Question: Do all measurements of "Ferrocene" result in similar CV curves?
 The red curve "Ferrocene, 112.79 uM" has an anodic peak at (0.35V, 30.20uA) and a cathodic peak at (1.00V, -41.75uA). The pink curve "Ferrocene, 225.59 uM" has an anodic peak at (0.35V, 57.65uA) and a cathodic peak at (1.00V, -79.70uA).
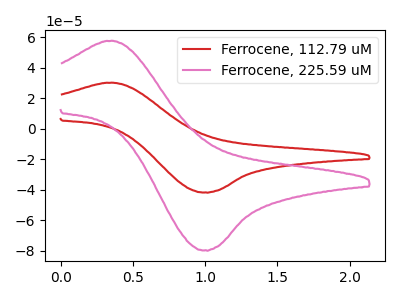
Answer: <think>All the peaks in "Ferrocene, 112.79 uM" have a peak in "Ferrocene, 225.59 uM" at the same potential. Every peak in "Ferrocene, 112.79 uM" is lower than every peak in "Ferrocene, 225.59 uM".
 </think>
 <answer>All the CV's of "Ferrocene" have similar shape.</answer>
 <eval>follow_rule</eval>